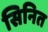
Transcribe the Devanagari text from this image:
सिनित